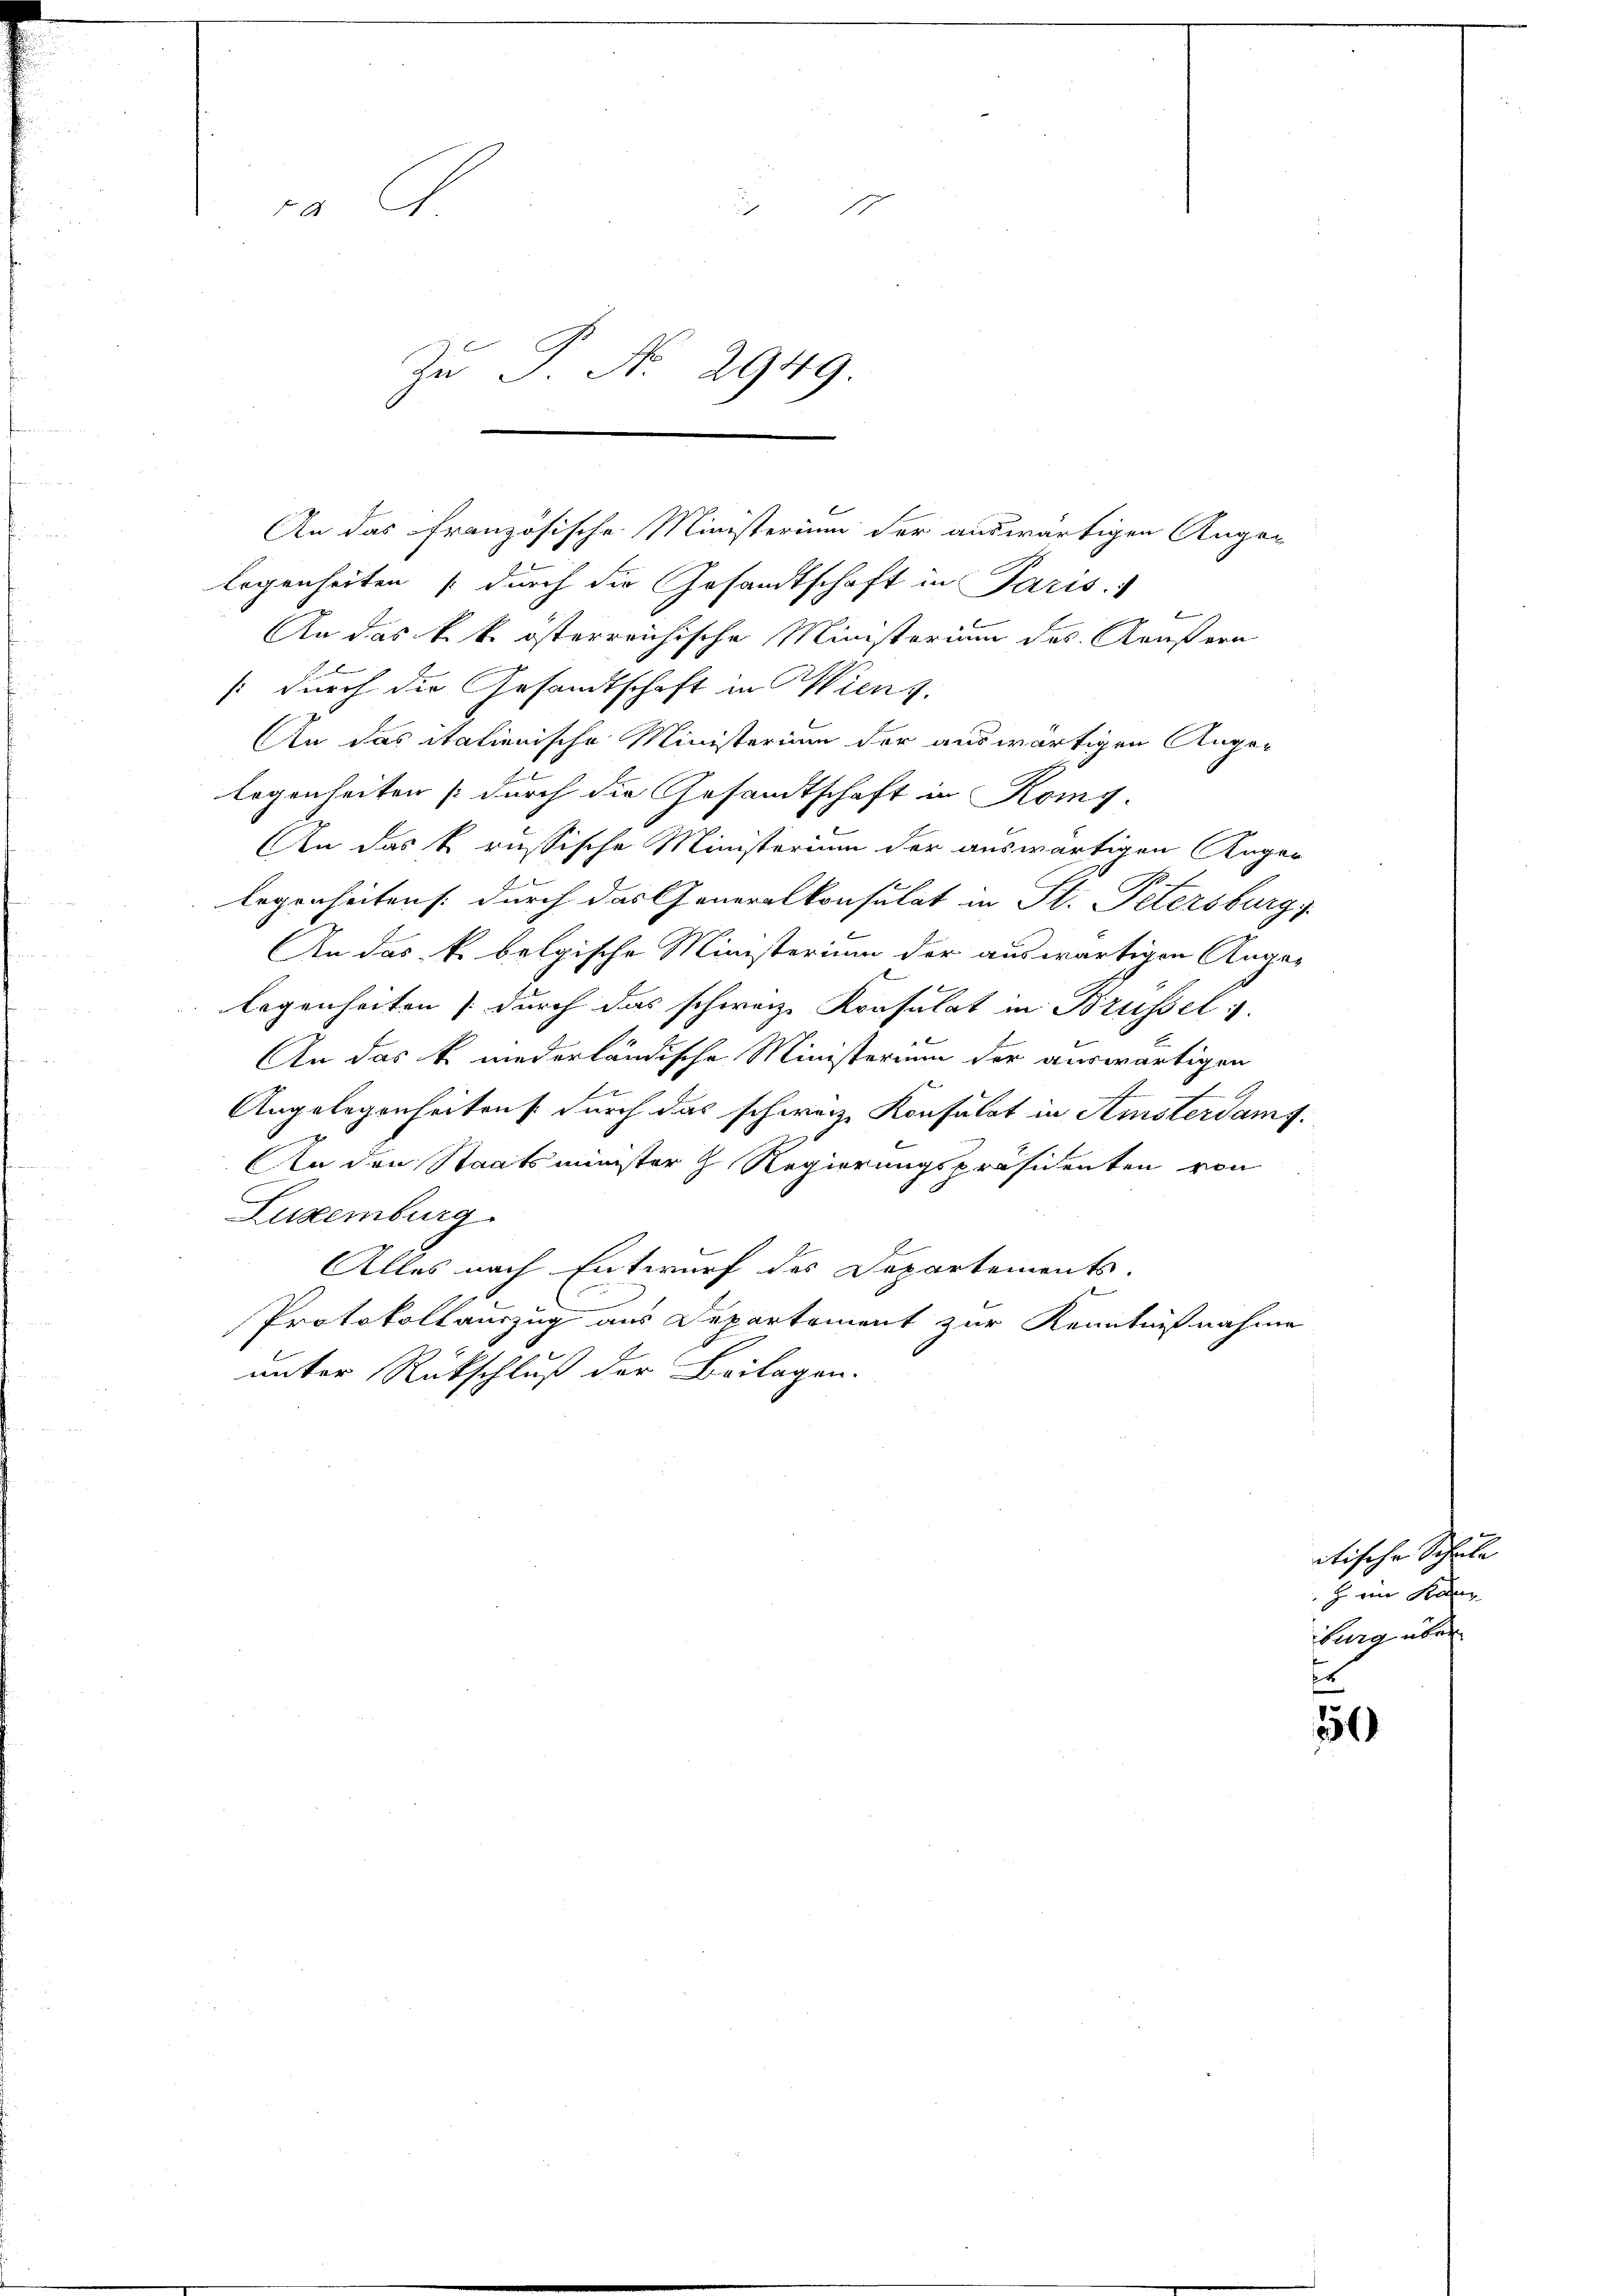
ra G

Zu P. Nr. 2949.

An das französische Ministerium der auswärtigen Augen

legenheiten (durch die Gesandtschaft in Paris.
b
An das k. k. österreichische Ministerium des Aeußern
s durch die Gesandtschaft in Wiens.
An das italienische Ministerium der auswärtigen Ange-
legenheiten (durch die Gesandtschaft in Komy.
An das k. russische Ministerium der auswärtigen Augen
legenheitens durch das Generalkonsulat in St. Petersburg
An das k. belgische Ministerium der auswärtigen Angelegenheiten durch das schweiz. Konsulat in Brüssel s
2
An das k. niederländische Ministerium der auswärtigen
Angelegenheitens durch das schweiz. Konsulat in Amsterdamt.
.
An den Staatsminister h. Regierungspräsidenten von
Luxenburg
Alles nach Entwurf des Departements.

Protokollauszug aus Departement zur Kenntnißnahme
unter Rückschluß der Beilagen.

etische Schule
Z. ein Kan
burg über

150